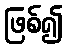
ဖြစ်၍